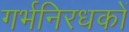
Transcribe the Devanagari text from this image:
गर्भनिरधकों